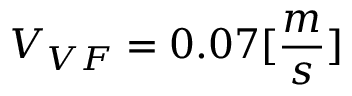
V _ { V F } = 0 . 0 7 [ \frac { m } { s } ]